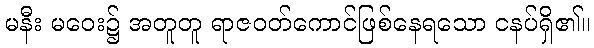
မနီး မဝေး၌ အတူတူ ရာဇဝတ်ကောင်ဖြစ်နေရသော ငနပ်ရှိ၏။